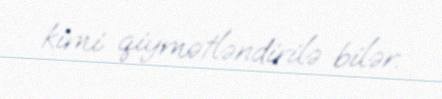
kimi qiymətləndirilə bilər.